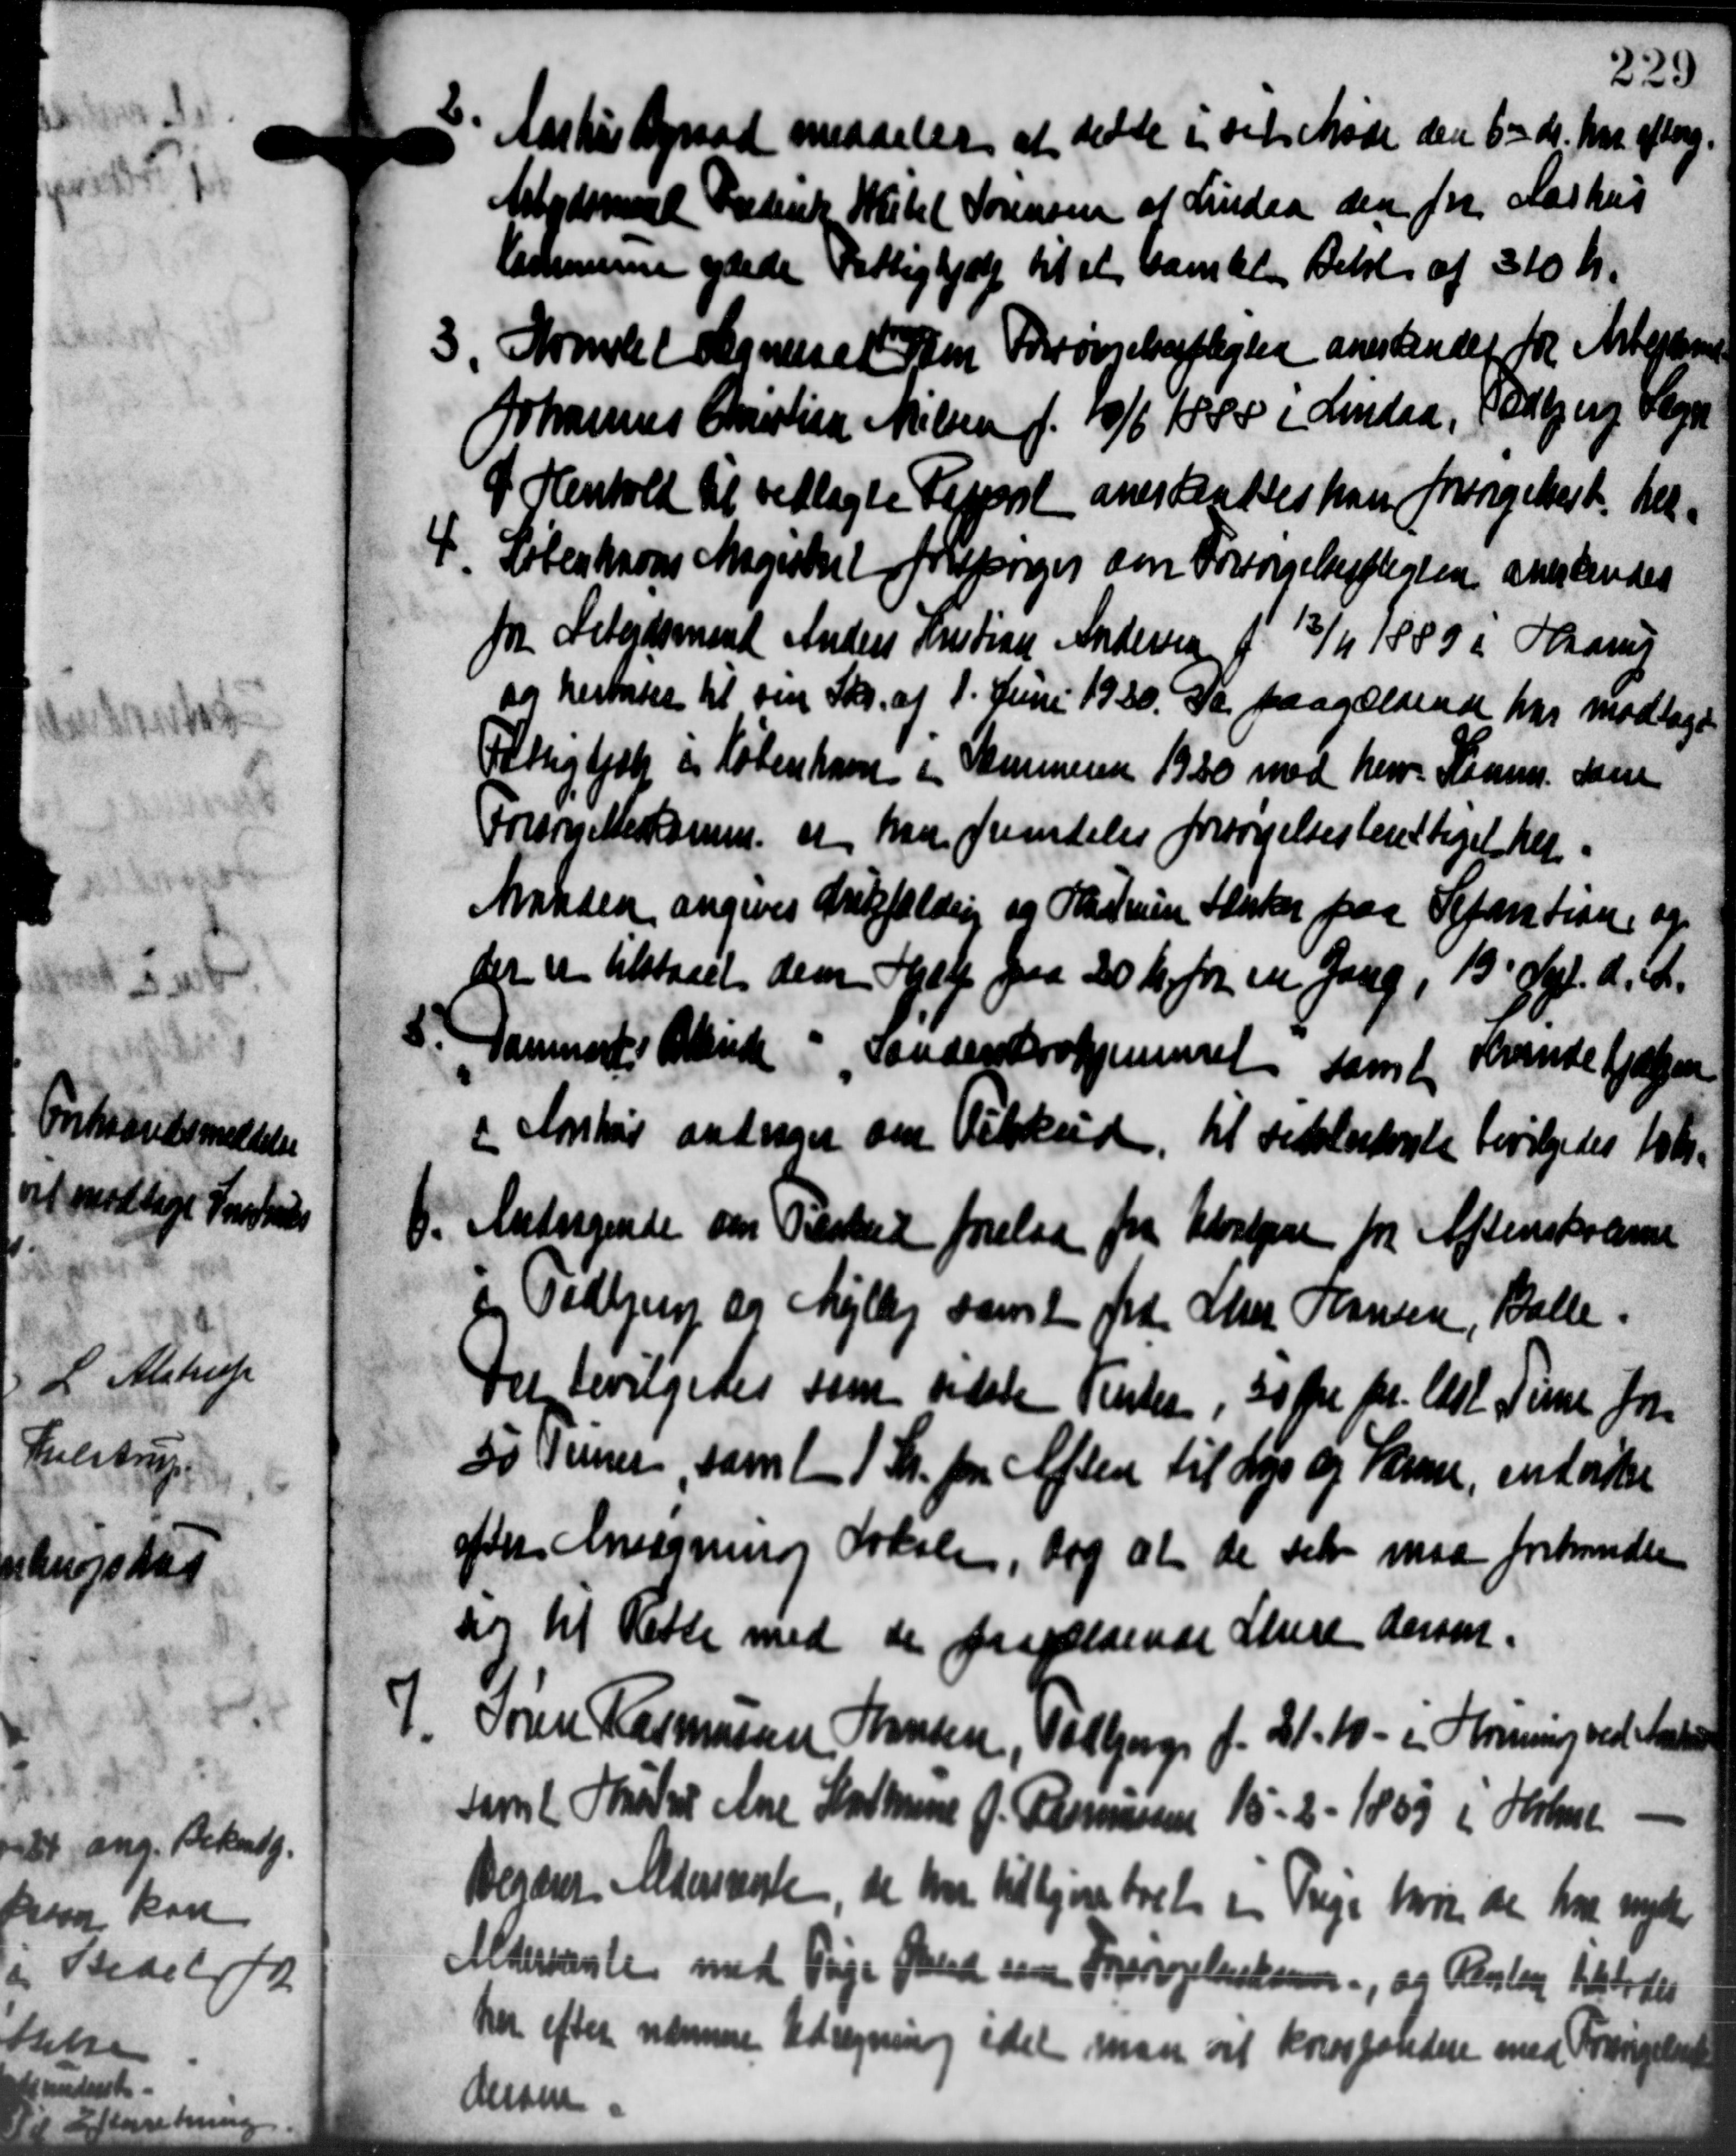
Transskription:
6. Aarhus Byraad meddeler at dette i det Møde den 6 - M. har efterg.
6. Aarhus Byraad meddeler at dette i det Møde den 6 - M. har efterg.
Arbejdsmand Frederik Witel Sørensen af Lindaa den for Aarhus
Kommune ydede Fattighjælp til at bankler Beløb af 310 Kr.
3. Samlet Sogneret Spen Forsørgelsespligten anerkendes 10 Arbejderne
3. Samlet Sogneret Spen Forsørgelsespligten anerkendes 10 Arbejderne
Johannes Christian Nielsen f. 10/6 1888 i Lindaa, Todbjerg Vegn
I Henhold til vedlagte Reppril anertsattes han forsørgelsest, her
4. Løbenhavns Magistel forespørger om Forsørgelsespligten anerkendes
4. Løbenhavns Magistel forespørger om Forsørgelsespligten anerkendes
fra Arbejdsmand Anders Kristian Andersen f. 13/11 1889 i Haarup
og hertales til sin Skr. af 1. Juni 1920. Da paagældende har modtage
Fattighjælp og København i Skommunen 1930 med herv. Kaam. dan
Forsonettes komm. at han fremdeles forsørgelsesberettiget her-
Manden angives Ankfælding og Hastrum Sænker paa Repartion og
der er tilstaaet dem Hjælp paa 20 Kr for en Gang, 13 Sept. d. A.
6. Danmark i Arbeide : Sanderskrohjemmet samt Kvindehjælpen
6. Danmark i Arbeide : Sanderskrohjemmet samt Kvindehjælpen
i Korshøj andrager om Tilskud til sidstedrale bevilgedes 10 Kr.
6. Andragende om Tilskud forelaa fra Udvalgere fra Aftenskreve
6. Andragende om Tilskud forelaa fra Udvalgere fra Aftenskreve
og Todbjerg og Mejlby samt fra Chr Hansen, Balle
Det bevilgedes som sidste Vinter, 50 Øre pr. Alst. Time Joh.
50 Vener, samt 1 Stk. fra Aften til Lys og Varme, endvider
efter Ansøgning Arksen, dog at de selv maa forhander
sig til Rette med de fravældende Stuere dersen.
Søren Rasmussen Hansen, Valbjerg f. 21-10 - i Hørning ved Anders

samt Hustrer Ane Kathrine J. Rasmussen 15 - 2 - 1853 i Holme
Begærer Alderskirke, de har tilkjøres boet en Treje hvis de har nyde
Aldersrente med Pige Skud som Forsørgelseskom., og Kloster tilstodes
her efter nærmere Udregning idet man at kompalidere med Forsørgelse
dersen